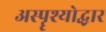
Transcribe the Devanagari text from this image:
अस्पॄश्योद्धार